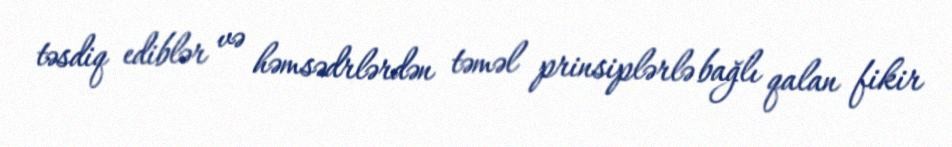
təsdiq ediblər və həmsədrlərdən təməl prinsiplərlə bağlı qalan fikir